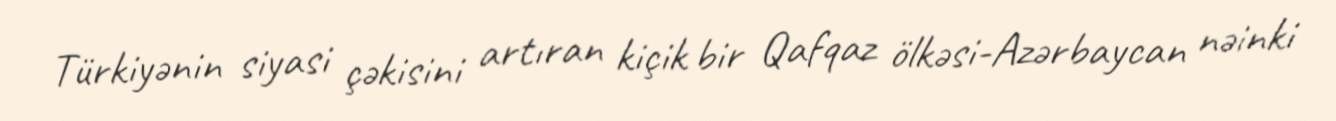
Türkiyənin siyasi çəkisini artıran kiçik bir Qafqaz ölkəsi-Azərbaycan nəinki